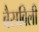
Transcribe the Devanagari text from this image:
बैसविली